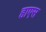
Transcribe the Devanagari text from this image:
हाएस